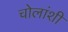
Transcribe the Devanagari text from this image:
चोलांशी